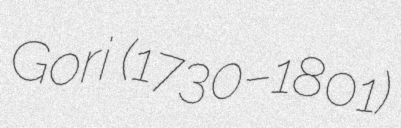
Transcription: Gori  (1730–1801)